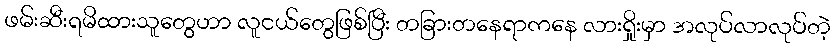
ဖမ်းဆီးရမိထားသူတွေဟာ လူငယ်တွေဖြစ်ပြီး တခြားတနေရာကနေ လားရှိုးမှာ အလုပ်လာလုပ်တဲ့